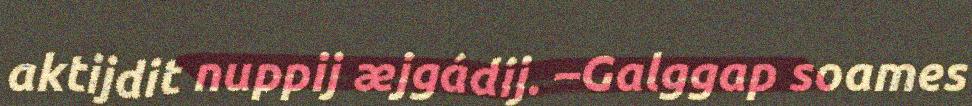
aktijdit nuppij æjgádij. –Galggap soames